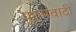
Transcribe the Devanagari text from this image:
पुरुषवादी